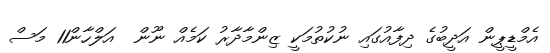
އެމްޑީޕީން އަދީބުގެ ދިފާއުގައި ނުކުތުމަކީ ޒިންމާދާރު ކަމެއް ނޫން  އަލްހާން11 މަސް